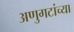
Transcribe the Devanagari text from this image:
अणुगटांच्या